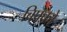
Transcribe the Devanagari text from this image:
बिफ्को